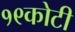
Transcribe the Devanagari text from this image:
१९कोटी